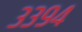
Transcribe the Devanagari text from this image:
३३९४